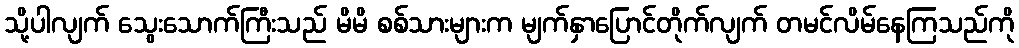
သို့ပါလျက် သွေးသောက်ကြီးသည် မိမိ စစ်သားများက မျက်နှာပြောင်တိုက်လျက် တမင်လိမ်နေကြသည်ကို